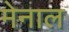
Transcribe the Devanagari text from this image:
मेनाल